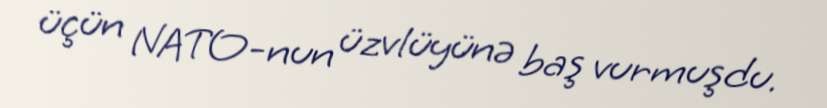
üçün NATO-nun üzvlüyünə baş vurmuşdu.